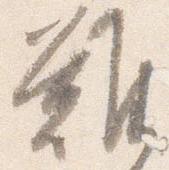
難